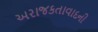
અરાજકતાવાદની